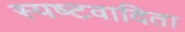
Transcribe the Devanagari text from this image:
स्‍पष्‍टवादिता